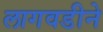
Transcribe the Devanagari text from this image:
लागवडीने